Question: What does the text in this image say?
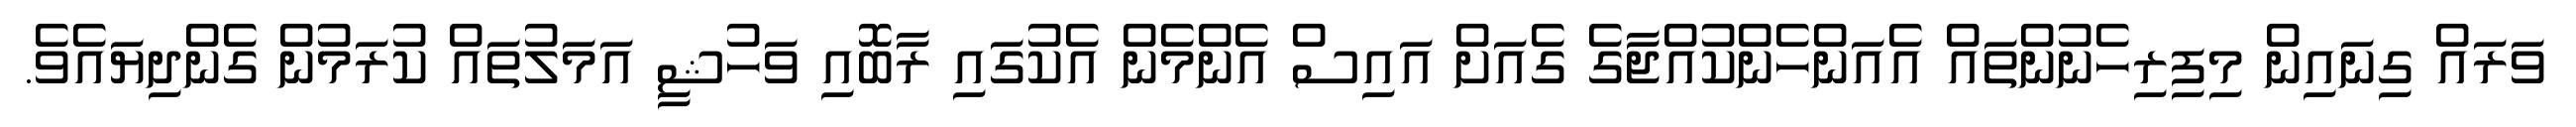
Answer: ވަރައް ގިނައިން މިފިރިހެނުންތައް އެއަންހެންކުއްޖާގެ ގެއަށް އައިސް އެންމެން އެކުގައި ރާބޮއި ވަހުޝީ އަމަލުތައް ކުރަމުން ގެންދިޔައެވެ.